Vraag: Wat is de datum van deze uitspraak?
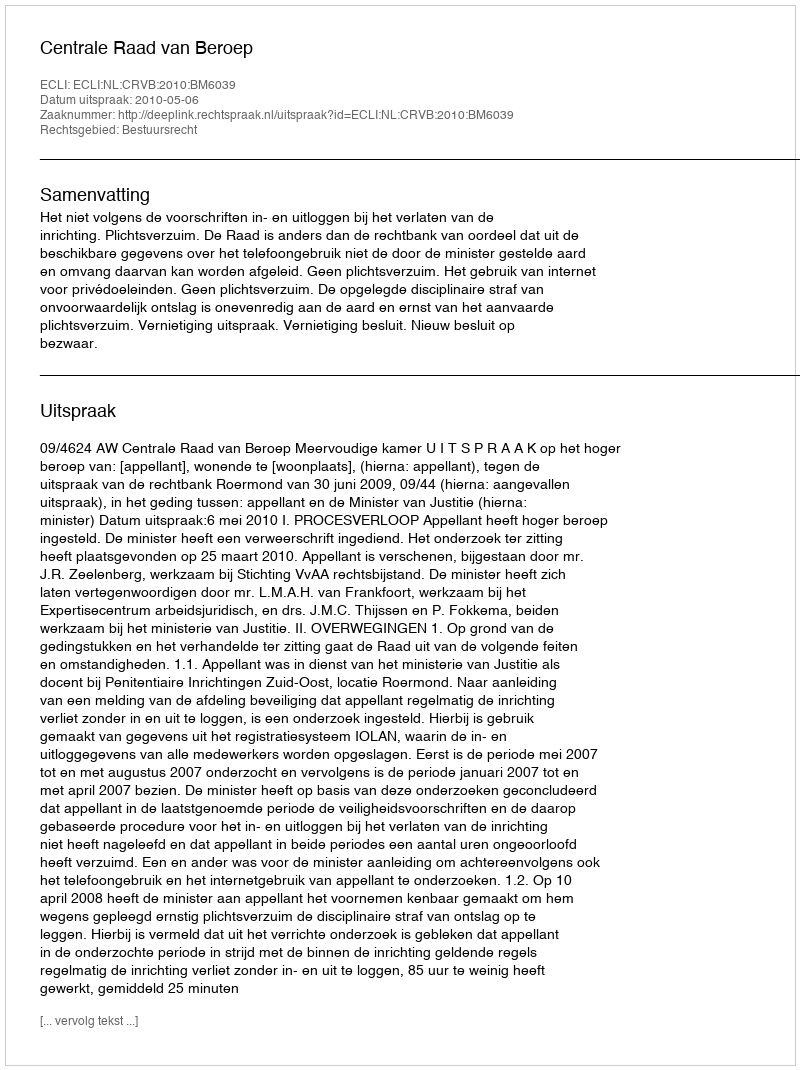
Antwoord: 2010-05-06